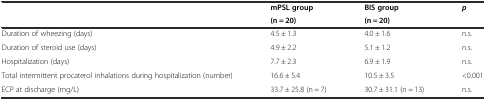
| <ROWSPAN=2>  | mPSL group | BIS group | <ROWSPAN=2> p |
 | (n = 20) | (n = 20) |
 | --- | --- | --- | --- |
 | Duration of wheezing (days) | 4.5 ± 1.3 | 4.0 ± 1.6 | n.s. |
 | Duration of steroid use (days) | 4.9 ± 2.2 | 5.1 ± 1.2 | n.s. |
 | Hospitalization (days) | 7.7 ± 2.3 | 6.9 ± 1.9 | n.s. |
 | Total intermittent procaterol inhalations during hospitalization (number) | 16.6 ± 5.4 | 10.5 ± 3.5 | <0.001 |
 | ECP at discharge (mg/L) | 33.7 ± 25.8 (n = 7) | 30.7 ± 31.1 (n = 13) | n.s. |